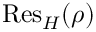
{ \mathrm { R e s } } _ { H } ( \rho )